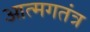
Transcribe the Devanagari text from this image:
आत्मगतंत्र